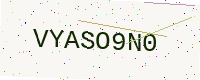
Text: VYASO9N0